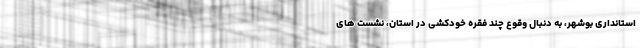
استانداری بوشهر، به دنبال وقوع چند فقره خودکشی در استان، نشست های